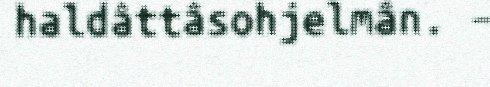
haldâttâsohjelmân. –